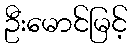
ဦးမောင်မြင့်